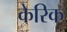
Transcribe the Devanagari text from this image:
केरिक